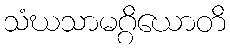
သံဃသာမဂ္ဂိယောတိ